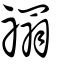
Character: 禤